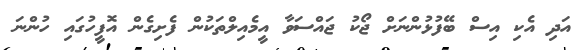
އަދި އެކި އިސް ބޭފުޅުންނަށް ޖޯކު ޖައްސަވާ އީމެއިލްތަކުން ފެށިގެން އޮފީހުގައި ހުންނަ